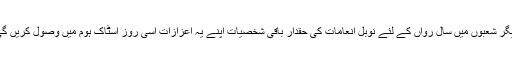
دیگر شعبوں میں سال رواں کے لئے نوبل انعامات کی حقدار باقی شخصیات اپنے یہ اعزازات اسی روز اسٹاک ہوم ميں وصول کريں گی۔